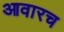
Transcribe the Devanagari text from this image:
आवारच